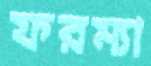
ফরম্যা